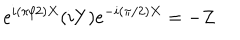
e ^ { i ( { \pi } / { 2 } ) X } ( i Y ) e ^ { - i ( { \pi } / { 2 } ) X } = - Z